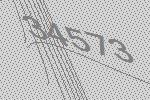
34573